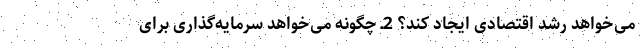
می‌خواهد رشد اقتصادی ایجاد کند؟ 2ـ چگونه می‌خواهد سرمایه‌گذاری برای